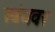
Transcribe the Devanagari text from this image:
स्वंयवर